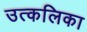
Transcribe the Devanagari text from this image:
उत्‍कलिका